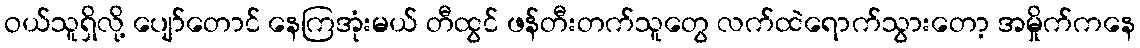
ဝယ်သူရှိလို့ ပျော်တောင် နေကြအုံးမယ် တီထွင် ဖန်တီးတက်သူတွေ လက်ထဲရောက်သွားတော့ အမှိုက်ကနေ